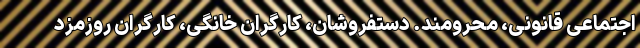
اجتماعی قانونی، محرومند. دستفروشان، کارگران خانگی، کارگران روزمزد